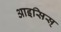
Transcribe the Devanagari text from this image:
आइसिस्